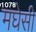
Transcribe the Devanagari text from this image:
मघेसी